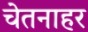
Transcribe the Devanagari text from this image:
चेतनाहर